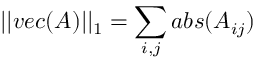
| | v e c ( A ) | | _ { 1 } = \sum _ { i , j } a b s ( A _ { i j } )